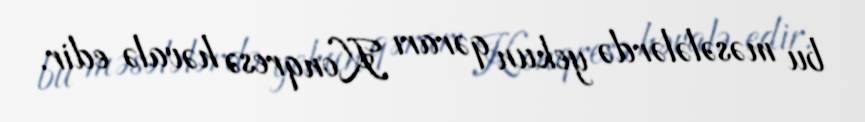
bu məsələlərdə yekun qərarı Konqresə həvalə edir.